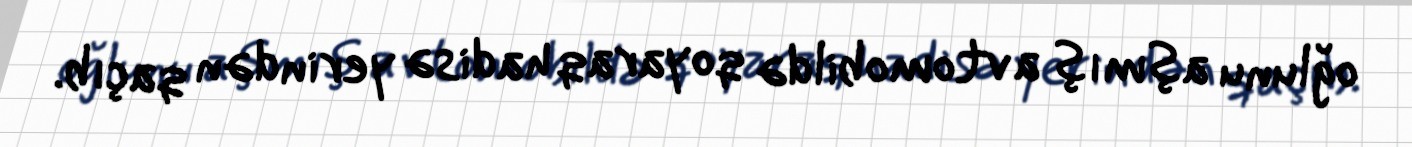
oğlunu aşmış avtomobildə qoyaraq hadisə yerindən qaçıb.